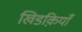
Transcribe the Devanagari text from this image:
खिडक़ियाँ